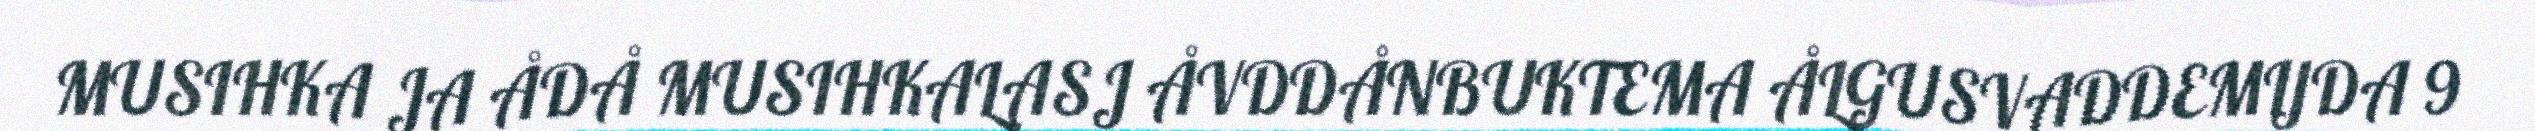
MUSIHKA JA ÅDÅ MUSIHKALASJ ÅVDDÅNBUKTEMA ÅLGUSVADDEMIJDA 9